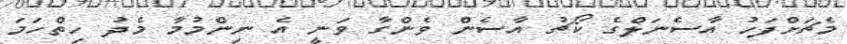
މެޗަށްފަހު އާސެނަލްގެ ކޯޗު އާސެން ވެންގާ ވަނީ އެ ނިންމުމާ މެދު ހިތްހަމަ